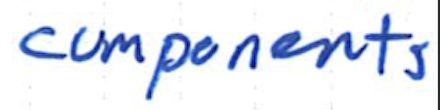
Text: components
Cross-out: clean
Writing tool: ballpoint